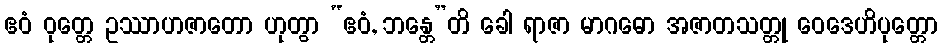
ဧဝံ ဝုတ္တေ ဥဿာဟဇာတော ဟုတွာ “ဧဝံ, ဘန္တေ”တိ ခေါ ရာဇာ မာဂဓော အဇာတသတ္တု ဝေဒေဟိပုတ္တော